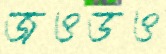
জওডও